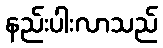
နည်းပါးလာသည်